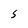
Character: S